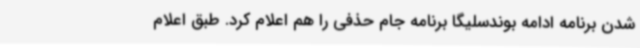
شدن برنامه ادامه بوندسلیگا برنامه جام حذفی را هم اعلام کرد. طبق اعلام